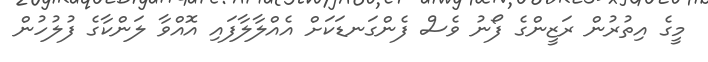
މީގެ އިތުރުން ރަޒީންގެ ފޯނު ވެސް ފެންގަނޑަކަށް އެއްލާލާފައި އޮއްވާ ލަންކާގެ ފުލުހުން